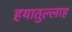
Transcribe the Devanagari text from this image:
हयातुल्लाह